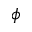
\phi